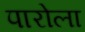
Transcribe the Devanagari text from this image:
पारोला